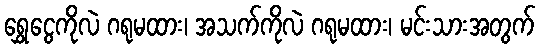
ရွှေငွေကိုလဲ ဂရုမထား၊ အသက်ကိုလဲ ဂရုမထား၊ မင်းသားအတွက်